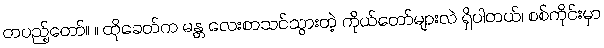
တပည့်တော်။ ။ ထိုခေတ်က မန္တ လေးစာသင်သွားတဲ့ ကိုယ်တော်များလဲ ရှိပါတယ်၊ စစ်ကိုင်းမှာ